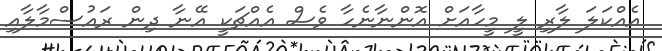
އެއްކަލަ ލާރި ލީ މީހާއަށް އޮންނާނެހާ ވެސް އެއްޗަކީ އޭނާ ދިން ރައުސްމާލާއި